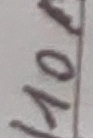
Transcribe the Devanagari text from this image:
योकनो